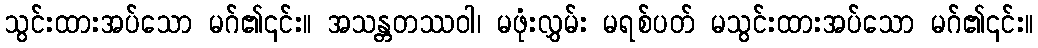
သွင်းထားအပ်သော မဂ်၏၎င်း။ အသန္တတဿဝါ၊ မဖုံးလွှမ်း မရစ်ပတ် မသွင်းထားအပ်သော မဂ်၏၎င်း။